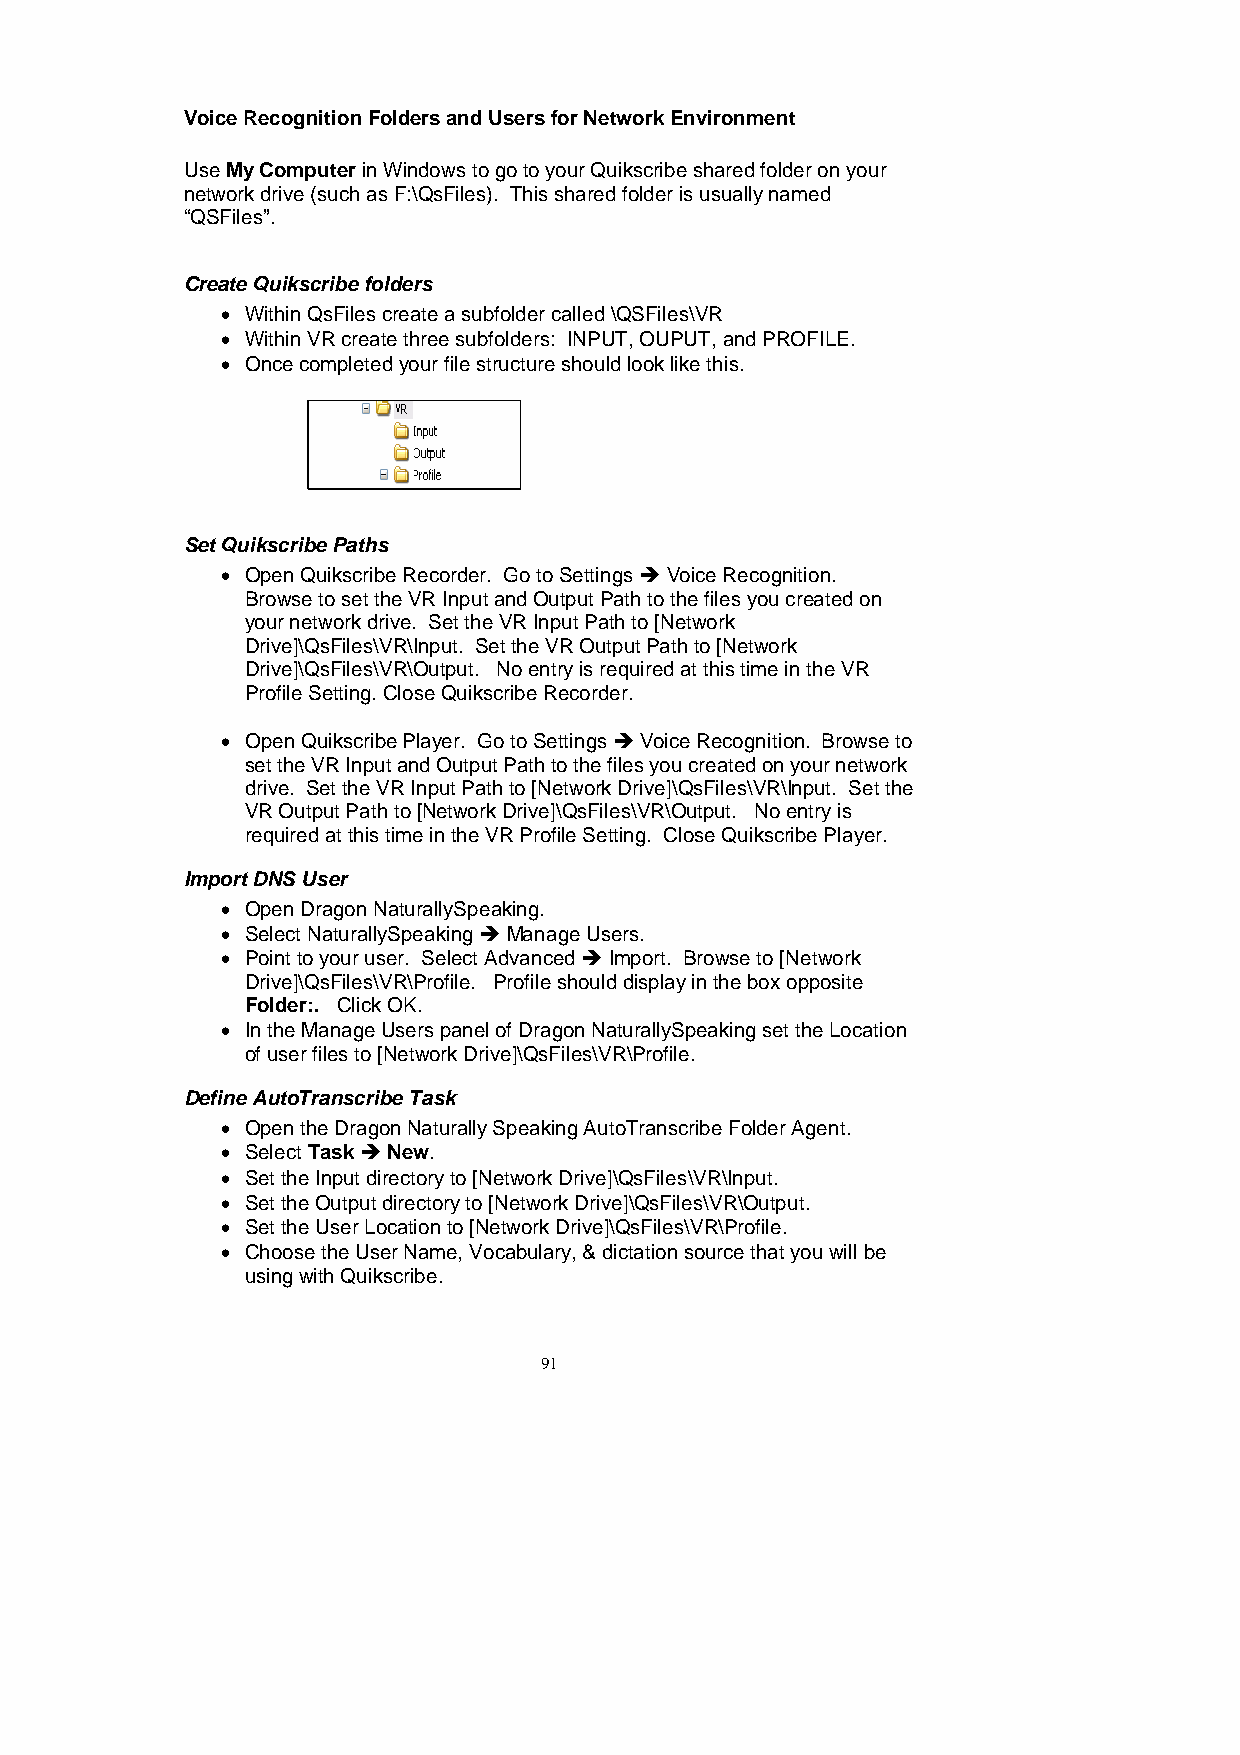
VoiceRecognitionFoldersandUsersforNetworkEnvironment
 UseMyComputerinWindowstogotoyourQuikscribesharedfolderonyour
 networkdrive(suchasF:\QsFiles). Thissharedfolderisusuallynamed
 “QSFiles”.
 CreateQuikscribefolders
  WithinQsFilescreateasubfoldercalled\QSFiles\VR
  WithinVRcreatethreesubfolders: INPUT,OUPUT,andPROFILE.
  Oncecompletedyourfilestructureshouldlooklikethis.
 SetQuikscribePaths
  OpenQuikscribeRecorder. GotoSettingsVoiceRecognition.
 BrowsetosettheVRInputandOutputPathtothefilesyoucreatedon
 yournetworkdrive. SettheVRInputPathto[Network
 Drive]\QsFiles\VR\Input. SettheVROutputPathto[Network
 Drive]\QsFiles\VR\Output. NoentryisrequiredatthistimeintheVR
 ProfileSetting.CloseQuikscribeRecorder.
  OpenQuikscribePlayer. GotoSettingsVoiceRecognition. Browseto
 settheVRInputandOutputPathtothefilesyoucreatedonyournetwork
 drive. SettheVRInputPathto[NetworkDrive]\QsFiles\VR\Input. Setthe
 VROutputPathto[NetworkDrive]\QsFiles\VR\Output. Noentryis
 requiredatthistimeintheVRProfileSetting. CloseQuikscribePlayer.
 ImportDNSUser
  OpenDragonNaturallySpeaking.
  SelectNaturallySpeakingManageUsers.
  Pointtoyouruser. SelectAdvancedImport. Browseto[Network
 Drive]\QsFiles\VR\Profile. Profileshoulddisplayintheboxopposite
 Folder:. ClickOK.
  IntheManageUserspanelofDragonNaturallySpeakingsettheLocation
 ofuserfilesto[NetworkDrive]\QsFiles\VR\Profile.
 DefineAutoTranscribeTask
  OpentheDragonNaturallySpeakingAutoTranscribeFolderAgent.
  SelectTaskNew.
  SettheInputdirectoryto[NetworkDrive]\QsFiles\VR\Input.
  SettheOutputdirectoryto[NetworkDrive]\QsFiles\VR\Output.
  SettheUserLocationto[NetworkDrive]\QsFiles\VR\Profile.
  ChoosetheUserName,Vocabulary,&dictationsourcethatyouwillbe
 usingwithQuikscribe.
 91